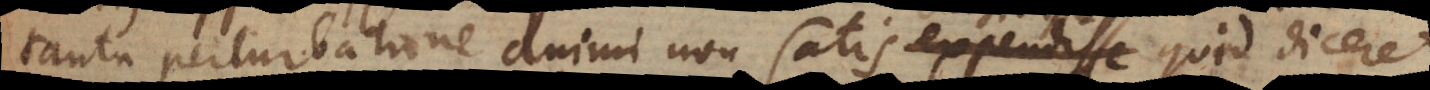
tanta perturbatione animi non satis expendisse quid diceret,